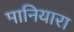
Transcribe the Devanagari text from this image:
मानियारा